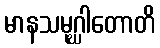
မာနသမုဂ္ဃါတောတိ